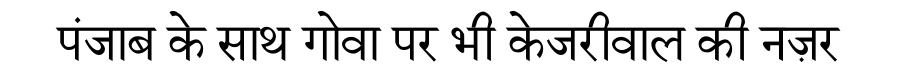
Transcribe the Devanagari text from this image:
पंजाब के साथ गोवा पर भी केजरीवाल की नज़र